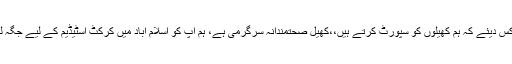
چیف جسٹس نے ریمارکس دیئے کہ ہم کھیلوں کو سپورٹ کرتے ہیں،،کھیل صحتمندانہ سرگرمی ہے، ہم آپ کو اسلام آباد میں کرکٹ اسٹیڈیم کے لیے جگہ لینے میں مدد کریں گے۔